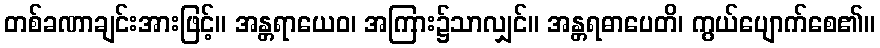
တစ်ခဏာချင်းအားဖြင့်။ အန္တရာယေဝ၊ အကြား၌သာလျှင်။ အန္တရဓာပေတိ၊ ကွယ်ပျောက်စေ၏။